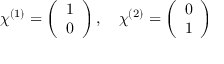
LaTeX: \chi ^ { ( 1 ) } = \left( \begin{array} { c } { { 1 } } \\ { { 0 } } \end{array} \right) , \ \ \ \chi ^ { ( 2 ) } = \left( \begin{array} { c } { { 0 } } \\ { { 1 } } \end{array} \right)